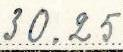
30.25